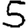
Digit: 5